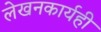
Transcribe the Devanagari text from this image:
लेखनकार्यही